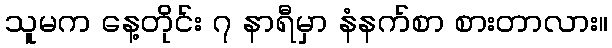
သူမက နေ့တိုင်း ၇ နာရီမှာ နံနက်စာ စားတာလား။